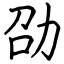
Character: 劭